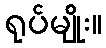
ရုပ်မျိုး။